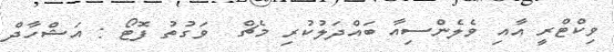
ވިކްޓްރީ އާއި ވެލެންސިއާ ބައްދަލުކުރި މެޗް  ވަގުތު ފޮޓޯ : އަޝްހާދް